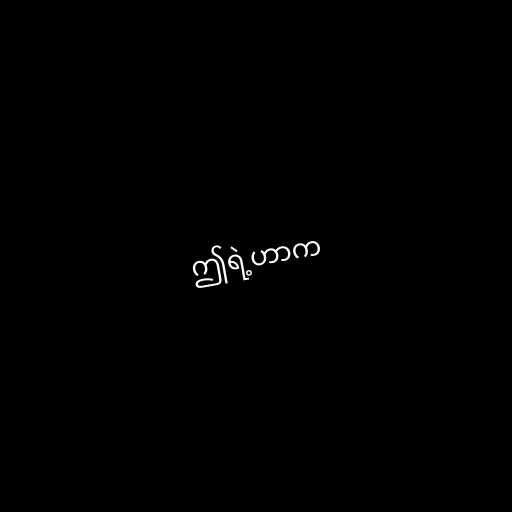
ဤရဲ့ဟာက